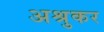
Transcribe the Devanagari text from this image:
अश्रुकर